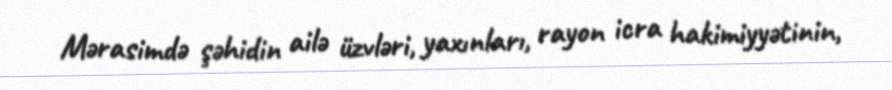
Mərasimdə şəhidin ailə üzvləri, yaxınları, rayon icra hakimiyyətinin,